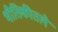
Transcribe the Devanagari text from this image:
भौतिकीतले